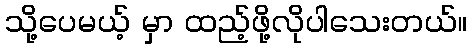
သို့ပေမယ့် မှာ ထည့်ဖို့လိုပါသေးတယ်။